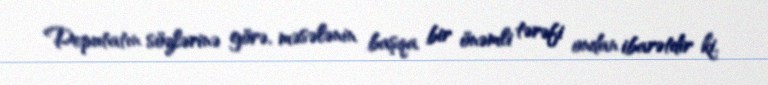
Deputatın sözlərinə görə, məsələnin başqa bir önəmli tərəfi ondan ibarətdir ki,